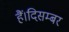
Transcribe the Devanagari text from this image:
हैं।दिसम्बर